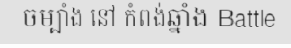
ចម្បាំង នៅ កំពង់ឆ្នាំង Battle